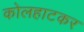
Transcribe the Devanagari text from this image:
कोलहाटकर